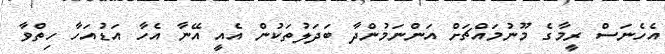
އެހެނަސް ރީމާގެ މޫނުމައްޗަށް އަންނަމުންދާ ބަދަލުތަކުން އެއީ އޭނާ އެހާ އަޑުއަހާ ހިތްވާ